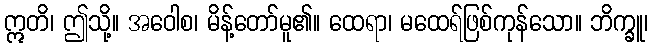
ဣတိ၊ ဤသို့။ အဝေါစ၊ မိန့်တော်မူ၏။ ထေရာ၊ မထေရ်ဖြစ်ကုန်သော။ ဘိက္ခူ၊